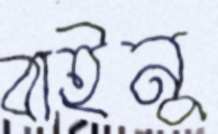
বাইনু